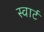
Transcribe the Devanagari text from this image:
स्वार्ट